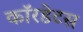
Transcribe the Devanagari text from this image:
कॉरडेटस